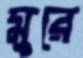
মুরে